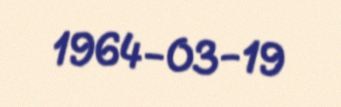
1964-03-19